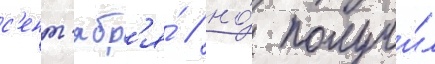
с'ент'ябр'я́ / но́ получи́л